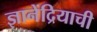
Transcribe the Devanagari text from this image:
ज्ञानेंद्रियाची